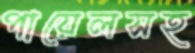
পায়েলসহ